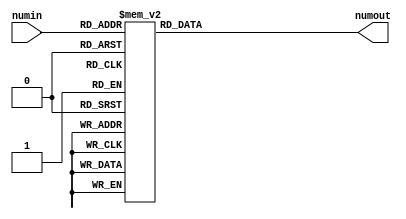
module bcdview (numin,numout);
input [3:0] numin;
output [7:0] numout;
reg [7:0] numout;
always@ (numin)
case(numin)
    4'b0000:
        numout=8'hc0;
    4'b0001:
        numout=8'hf9;
    4'b0010:
        numout=8'ha4;
    4'b0011:
        numout=8'hb0;
    4'b0100:
        numout=8'h99;
    4'b0101:
        numout=8'h92;
    4'b0110:
        numout=8'h82;
    4'b0111:
        numout=8'hf8;
    4'b1000:
        numout=8'h80;
    4'b1001:
        numout=8'h90;
    default:
        numout=8'hff;
endcase
endmodule

    module dff (clk, D, Din, Load, Q4);
input clk, D, Din, Load;
output Q4;
reg Q4;
always@ (posedge clk)
    if (Load)
        Q4 = Din;
    else
        Q4 = D;
endmodule

    module BCD(clk, rst_syn, load, load_num, Q_out, num_out);
input clk,rst_syn,load;
input [3:0] load_num;
output [3:0] Q_out;
wire [3:0] Q_out;
output [7:0] num_out;
wire [7:0] num_out;
reg Q0,Q1,Q2,Q3;
bcdview y1(Q_out,num_out);

dff x1(clk,Q0,Q0,load,Q_out[0]);
dff x2(clk,Q1,Q1,load,Q_out[1]);
dff x3(clk,Q2,Q2,load,Q_out[2]);
dff x4(clk,Q3,Q3,load,Q_out[3]);
always@ (posedge clk)
begin
    if (!rst_syn)
    begin
        Q0<=0;
        Q1<=0;
        Q2<=0;
        Q3<=0;
    end
    else if (load)
    begin
        Q0<=load_num[0];
        Q1<=load_num[1];
        Q2<=load_num[2];
        Q3<=load_num[3];
    end
    else
    begin
        if(Q0==1&&Q3==1)
        begin
            Q3<=0;
            Q0<=0;
        end
        else
        begin
            Q3<=Q3|(Q0&Q1&Q2);
            Q2<=(Q2&~Q1)|(Q0&Q1&~Q2)|(~Q0&Q2);
            Q1<=(Q0&~Q1)|(~Q0&Q1);
            Q0<=~Q0;
        end
    end
end
endmodule